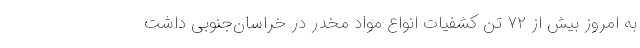
به امروز بیش از ۷۲ تن کشفیات انواع مواد مخدر در خراسان‌جنوبی داشت